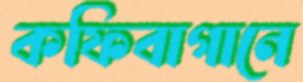
কফিবাগানে